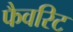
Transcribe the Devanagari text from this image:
फैवरिट